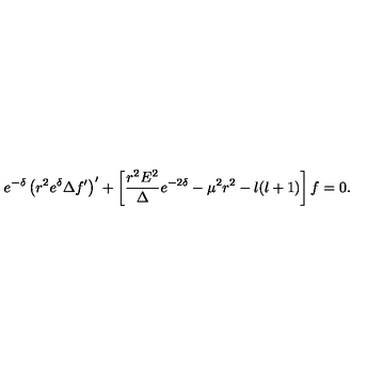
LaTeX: e ^ { - \delta } \left( r ^ { 2 } e ^ { \delta } \Delta f ^ { \prime } \right) ^ { \prime } + \left[ \frac { r ^ { 2 } E ^ { 2 } } { \Delta } e ^ { - 2 \delta } - \mu ^ { 2 } r ^ { 2 } - l ( l + 1 ) \right] f = 0 .